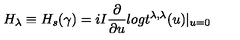
H _ { \lambda } \equiv H _ { s } ( \gamma ) = i I \frac { \partial } { \partial u } l o g t ^ { \lambda , \lambda } ( u ) | _ { u = 0 }